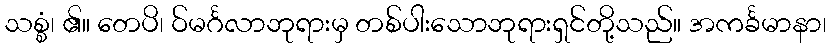
သစ္စံ၊ ၏။ တေပိ၊ ဝ်မင်္ဂလာဘုရားမှ တစ်ပါးသောဘုရားရှင်တို့သည်။ အကင်္ခမာနာ၊